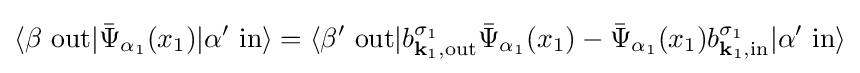
\langle \beta \ \mathrm {out} |{\bar {\Psi }}_{\alpha _{1}}(x_{1})|\alpha '\ \mathrm {in} \rangle =\langle \beta '\ \mathrm {out} |b_{{\textbf {k}}_{1},\mathrm {out} }^{\sigma _{1}}{\bar {\Psi }}_{\alpha _{1}}(x_{1})-{\bar {\Psi }}_{\alpha _{1}}(x_{1})b_{{\textbf {k}}_{1},\mathrm {in} }^{\sigma _{1}}|\alpha '\ \mathrm {in} \rangle